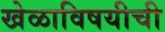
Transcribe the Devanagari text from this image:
खेळाविषयीची